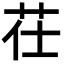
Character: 茌